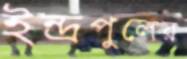
ইন্দ্রপুলের